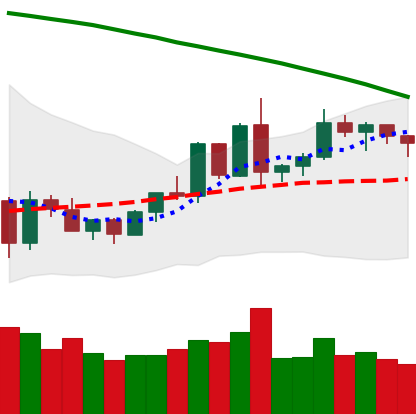
Ticker: EOS-USD
Chart end date: 2020-06-09
Forward return: -6.789%
Label: down_5_7